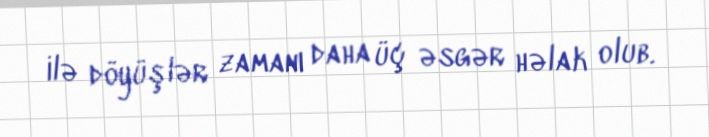
ilə döyüşlər zamanı daha üç əsgər həlak olub.